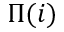
\Pi ( i )